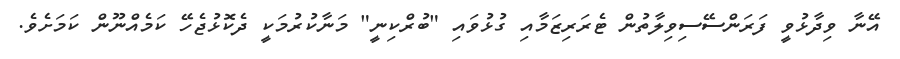
އޭނާ ވިދާޅުވީ ފަރަންސޭސިވިލާތުން ޓެރަރިޒަމާއި ގުޅުވައި "ބުރްކިނީ" މަނާކުރުމަކީ ދެކޮޅުޖެހޭ ކަމެއްނޫން ކަމަށެވެ.